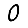
Digit: 0